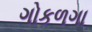
ગોકળગા